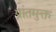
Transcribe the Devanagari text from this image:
प्रांतमुक्त